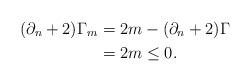
LaTeX: \begin{align*}(\partial_n+2)\Gamma_m&=2m-(\partial_n+2)\Gamma\\&=2m\leq 0.\end{align*}